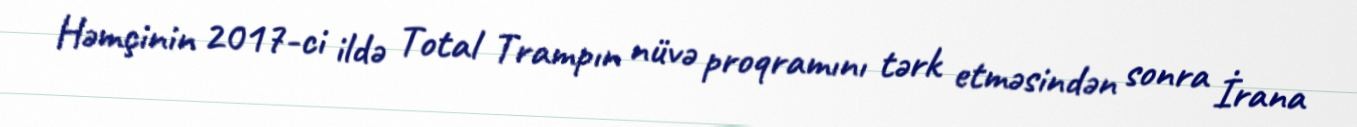
Həmçinin 2017-ci ildə Total Trampın nüvə proqramını tərk etməsindən sonra İrana